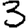
Digit: 3